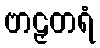
ဗာဠှတရံ